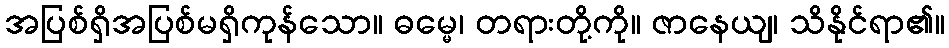
အပြစ်ရှိအပြစ်မရှိကုန်သော။ ဓမ္မေ၊ တရားတို့ကို။ ဇာနေယျ၊ သိနိုင်ရာ၏။